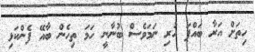
ހިތަށް އަރާ ބައްޕަ ހުރި ނަމަވެސް ބުނާނީ ހަމަ ތިހެން ބާއޭ ފެންކަޅި